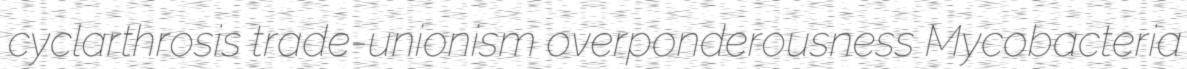
cyclarthrosis trade-unionism overponderousness Mycobacteria